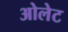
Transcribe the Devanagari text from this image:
ओलेट